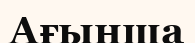
Ағынша